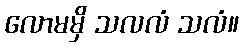
လောမမှိ သလလံ သလံ။